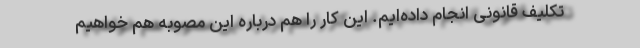
تکلیف قانونی انجام داده‌ایم. این کار را هم درباره این مصوبه هم خواهیم